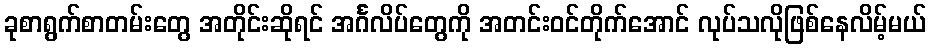
ခုစာရွက်စာတမ်းတွေ အတိုင်းဆိုရင် အင်္ဂလိပ်တွေကို အတင်းဝင်တိုက်အောင် လုပ်သလိုဖြစ်နေလိမ့်မယ်